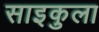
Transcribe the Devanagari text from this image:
साइकुला